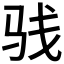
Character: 𩧩